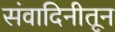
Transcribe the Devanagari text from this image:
संवादिनीतून